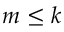
m \leq k